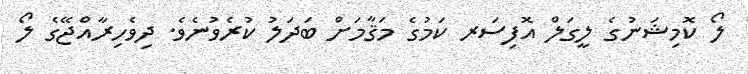
ލޯ ކޮމިޝަނުގެ ލީގަލް އޮފިސަރ ކަމުގެ މަޤާމަށް ބަދަލު ކުރެވުނެވެ. ދިވެހިރާއްޖޭގެ ލޯ